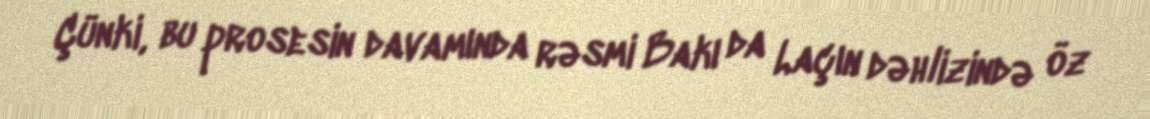
Çünki, bu prosesin davamında rəsmi Bakı da Laçın dəhlizində öz